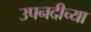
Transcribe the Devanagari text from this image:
उपनदीच्या